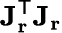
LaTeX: \mathbf{J}_{\mathbf{r}}^{\mathsf{T}}\mathbf{J_{r}}